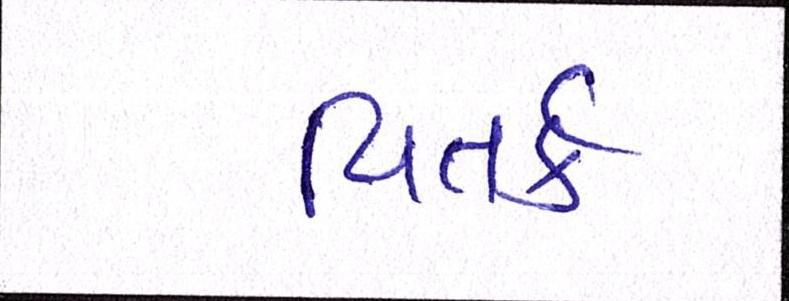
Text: વિતર્ક